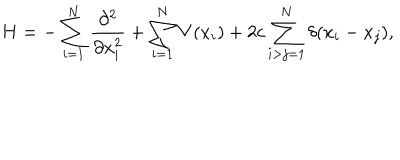
H = - \sum _ { i = 1 } ^ { N } \frac { \partial ^ { 2 } } { \partial x _ { i } ^ { 2 } } + \sum _ { i = 1 } ^ { N } V ( x _ { i } ) + 2 c \sum _ { i > j = 1 } ^ { N } \delta ( x _ { i } - x _ { j } ) ,